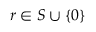
r \in S \cup \{ 0 \}